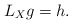
\begin{align*}L_X g =h. \end{align*}